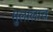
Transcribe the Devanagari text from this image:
मुलालाच